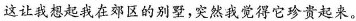
这让我想起我在郊区的别墅，突然我觉得它珍贵起来。